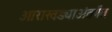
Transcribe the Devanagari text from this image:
आराखड्याअंतर्गत